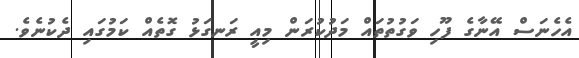
އެހެނަސް އޭނާގެ ފޫހި ވަގުތުތައް މަދުކުރަން މިއީ ރަނގަޅު ގޮތެއް ކަމުގައި ދެކުނެވެ.